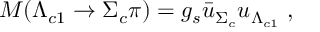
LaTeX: M ( \Lambda _ { c 1 } \to \Sigma _ { c } \pi ) = g _ { s } { \bar { u } } _ { \Sigma _ { c } } u _ { \Lambda _ { c 1 } } \; ,